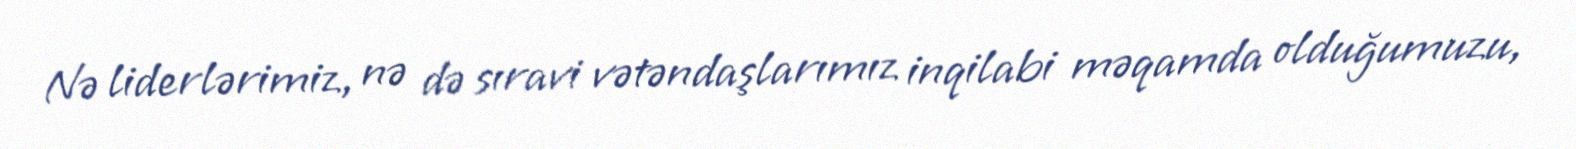
Nə liderlərimiz, nə də sıravi vətəndaşlarımız inqilabi məqamda olduğumuzu,